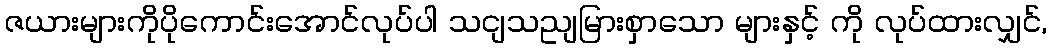
ဇယားများကိုပိုကောင်းအောင်လုပ်ပါ သငျသညျမြားစှာသော များနှင့် ကို လုပ်ထားလျှင်,